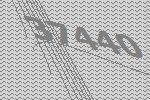
37440